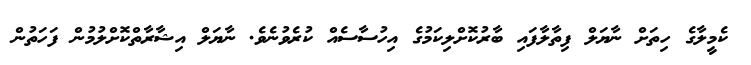
ކެމީލާގެ ހިތަށް ނާޔަލް ފިތާލާފައި ބާރުކޮށްލިކަމުގެ އިހުސާސެއް ކުރެވުނެވެ. ނާޔަލް އިޝާރާތްކޮށްލުމުން ފަހަތުން